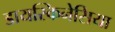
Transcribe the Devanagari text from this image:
डायस्किनेसिया